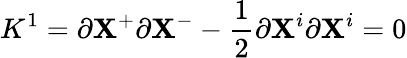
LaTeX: K^{1}=\partial\mathbf{X}^{+}\partial\mathbf{X}^{-}-\frac{{1}}{{2}}\partial\mathbf{X}^{i}\partial\mathbf{X}^{i}=0